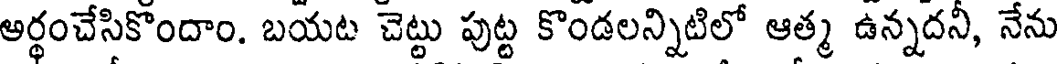
అర్థంచేసికొందాం. బయట చెట్టు పుట్ట కొండలన్నిటిలో ఆత్మ ఉన్నదనీ, నేను